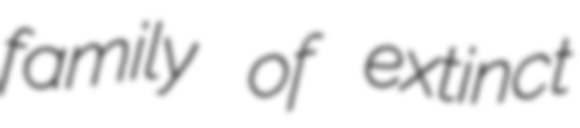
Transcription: family of extinct